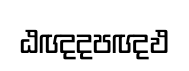
ඨඥදපඥඵ